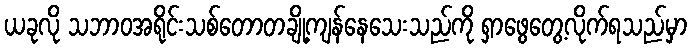
ယခုလို သဘာဝအရိုင်းသစ်တောတချို့ကျန်နေသေးသည်ကို ရှာဖွေတွေ့လိုက်ရသည်မှာ